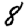
Digit: 8